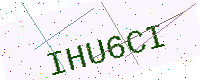
Text: IHU6CI